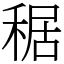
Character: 䅕